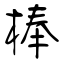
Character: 棒